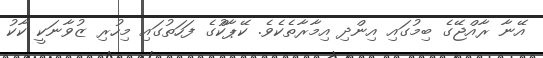
އޭނާ ރާއްޖޭގެ ބިމުގައި އިންދި އިމާރާތެކެވެ. ކޭޕާކްުގެ ފަހަތުގައި މިހުރި ޒުވާނަކީ ކާކު